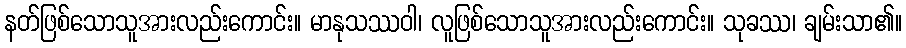
နတ်ဖြစ်သောသူအားလည်းကောင်း။ မာနုသဿဝါ၊ လူဖြစ်သောသူအားလည်းကောင်း။ သုခဿ၊ ချမ်းသာ၏။